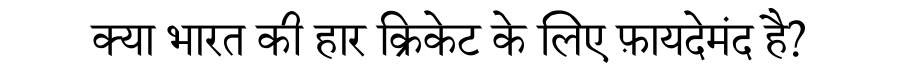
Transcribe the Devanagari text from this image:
क्या भारत की हार क्रिकेट के लिए फ़ायदेमंद है?